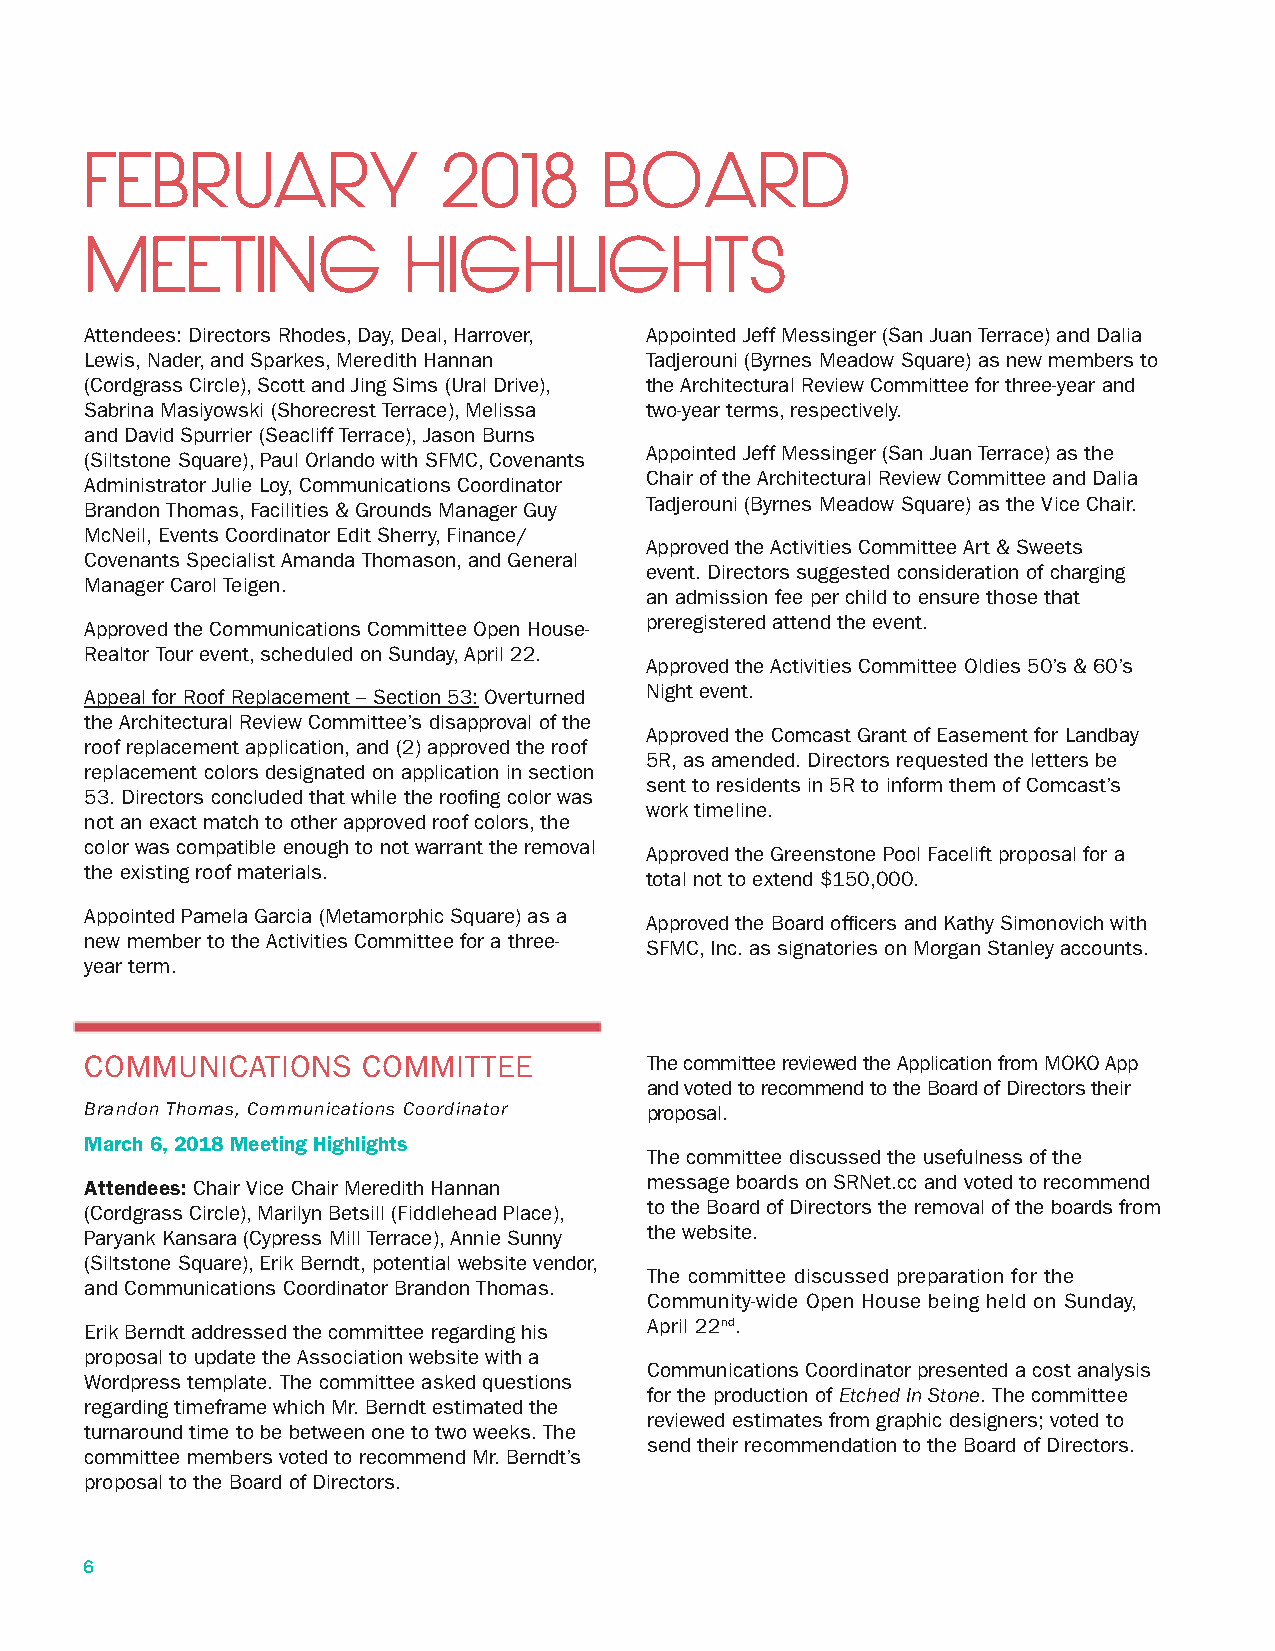
FEBRUARY               2018       BOARD
 MEETING              HIGHLIGHTS
 Attendees: Directors Rhodes, Day, Deal, Harrover, Appointed Jeff Messinger (San Juan Terrace) and Dalia
 Lewis, Nader, and Sparkes, Meredith Hannan Tadjerouni (Byrnes Meadow Square) as new members to
 (Cordgrass Circle), Scott and Jing Sims (Ural Drive), the Architectural Review Committee for three-year and
 Sabrina Masiyowski (Shorecrest Terrace), Melissa two-year terms, respectively.
 and David Spurrier (Seacliff Terrace), Jason Burns
 (Siltstone Square), Paul Orlando with SFMC, Covenants Appointed Jeff Messinger (San Juan Terrace) as the
 Administrator Julie Loy, Communications Coordinator Chair of the Architectural Review Committee and Dalia
 Brandon Thomas, Facilities & Grounds Manager Guy Tadjerouni (Byrnes Meadow Square) as the Vice Chair.
 McNeil, Events Coordinator Edit Sherry, Finance/
 Approved the Activities Committee Art & Sweets
 Covenants Specialist Amanda Thomason, and General
 event. Directors suggested consideration of charging
 Manager Carol Teigen.
 an admission fee per child to ensure those that
 Approved the Communications Committee Open House- preregistered attend the event.
 Realtor Tour event, scheduled on Sunday, April 22.
 Approved the Activities Committee Oldies 50’s & 60’s
 Appeal for Roof Replacement – Section 53: Overturned Night event.
 the Architectural Review Committee’s disapproval of the
 Approved the Comcast Grant of Easement for Landbay
 roof replacement application, and (2) approved the roof
 5R, as amended. Directors requested the letters be
 replacement colors designated on application in section
 sent to residents in 5R to inform them of Comcast’s
 53. Directors concluded that while the roofing color was
 work timeline.
 not an exact match to other approved roof colors, the
 color was compatible enough to not warrant the removal Approved the Greenstone Pool Facelift proposal for a
 the existing roof materials.         total not to extend $150,000.
 Appointed Pamela Garcia (Metamorphic Square) as a Approved the Board officers and Kathy Simonovich with
 new member to the Activities Committee for a three- SFMC, Inc. as signatories on Morgan Stanley accounts.
 year term.
 COMMUNICATIONS    COMMITTEE          The committee reviewed the Application from MOKO App
 and voted to recommend to the Board of Directors their
 Brandon Thomas, Communications Coordinator proposal.
 March 6, 2018 Meeting Highlights
 The committee discussed the usefulness of the
 Attendees: Chair Vice Chair Meredith Hannan message boards on SRNet.cc and voted to recommend
 (Cordgrass Circle), Marilyn Betsill (Fiddlehead Place), to the Board of Directors the removal of the boards from
 Paryank Kansara (Cypress Mill Terrace), Annie Sunny the website.
 (Siltstone Square), Erik Berndt, potential website vendor,
 The committee discussed preparation for the
 and Communications Coordinator Brandon Thomas.
 Community-wide Open House being held on Sunday,
 Erik Berndt addressed the committee regarding his April 22nd.
 proposal to update the Association website with a
 Communications Coordinator presented a cost analysis
 Wordpress template. The committee asked questions
 for the production of Etched In Stone. The committee
 regarding timeframe which Mr. Berndt estimated the
 reviewed estimates from graphic designers; voted to
 turnaround time to be between one to two weeks. The
 send their recommendation to the Board of Directors.
 committee members voted to recommend Mr. Berndt’s
 proposal to the Board of Directors.
 6